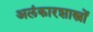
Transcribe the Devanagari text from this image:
अलंकारशास्त्रों